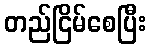
တည်ငြိမ်စေပြီး